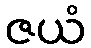
ဇယံ